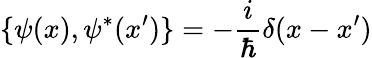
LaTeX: \{ \psi(x),\psi^{*}(x^{\prime})\} =-\frac{i}{\hbar}\delta(x-x^{\prime})